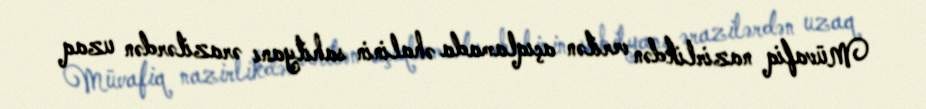
Müvafiq nazirlikdən verilən açıqlamada əhalinin sahilyanı ərazilərdən uzaq